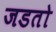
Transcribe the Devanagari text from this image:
जडतो